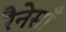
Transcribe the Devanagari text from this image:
रैनेसाँ